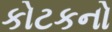
કોટકનો